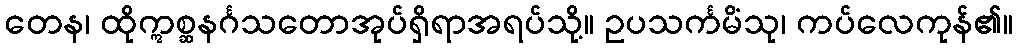
တေန၊ ထိုဣစ္ဆနင်္ဂသတောအုပ်ရှိရာအရပ်သို့။ ဥပသင်္ကမိံသု၊ ကပ်လေကုန်၏။